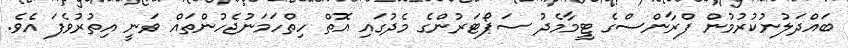
ބައްދަލުނުކުރުމުން ފްރާންސްގެ ޓީމާމެދު ސަޕޯޓަރުންގެ މެދުގައި އޮތް ހިތްހަމަނުޖެހުންތައް ވަނީ އިތުރުވެފަ އެވެ.